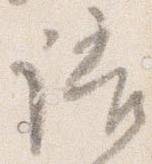
語